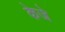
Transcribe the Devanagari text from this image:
केजे